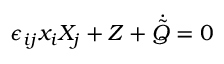
\epsilon _ { i j } x _ { i } X _ { j } + Z + \dot { \tilde { Q } } = 0